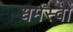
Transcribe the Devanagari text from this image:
धर्मस्वों